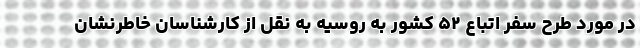
در مورد طرح سفر اتباع ۵۲ کشور به روسیه به نقل از کارشناسان خاطرنشان